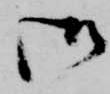
御